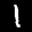
Label: 1